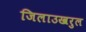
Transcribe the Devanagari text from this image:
जिलाउखरुल